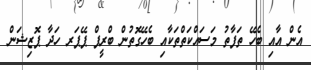
އެން އާއި ބެހޭ ތަފާތު މަސައްކަތްތަކާއި ބެހޭގޮތުން ބްރީފް ޕޭޕަރ ހަދާ ޕޮޒިޝަން